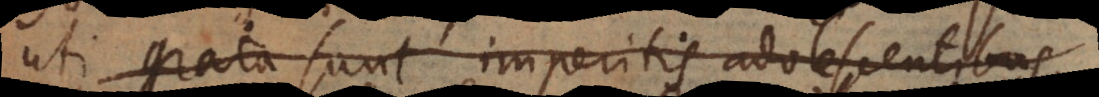
uti grata sunt imperitis adolescentibus,